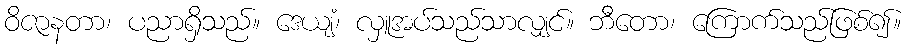
ဝိဇာနတာ၊ ပညာရှိသည်။ ဒေယျံ၊ လှူအပ်သည်သာလျှင်။ ဘီတော၊ ကြောက်သည်ဖြစ်၍။